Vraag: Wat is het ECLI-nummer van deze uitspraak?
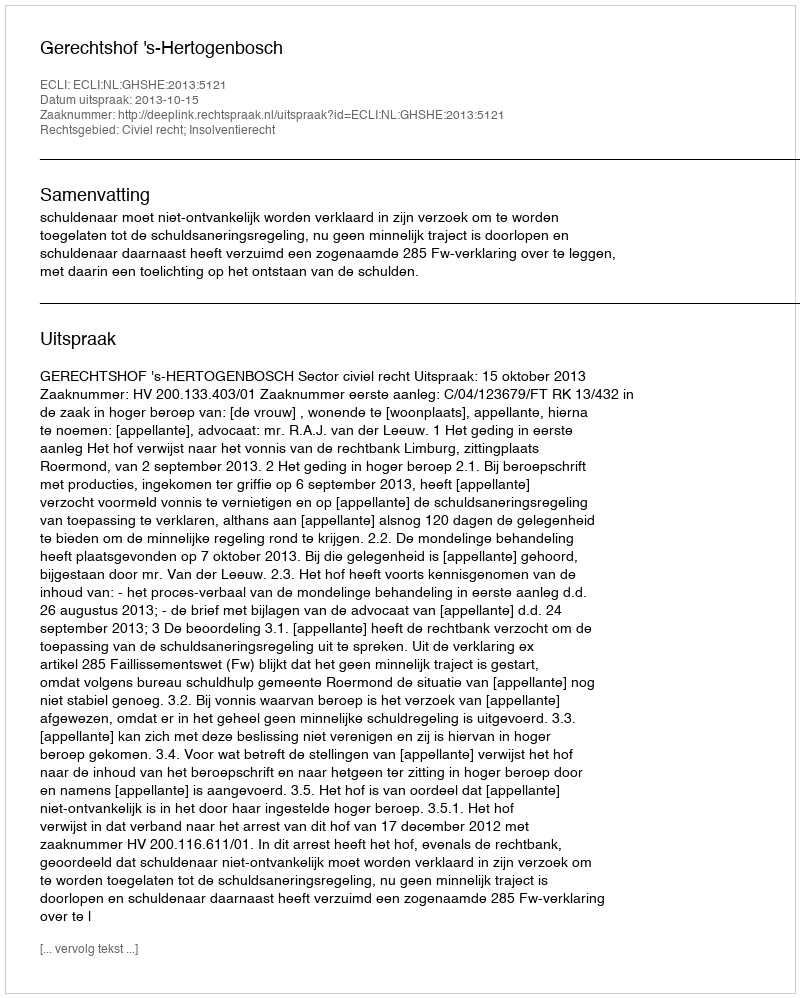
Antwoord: ECLI:NL:GHSHE:2013:5121